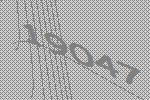
19047